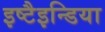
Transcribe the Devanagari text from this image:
इष्टैइन्डिया